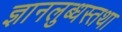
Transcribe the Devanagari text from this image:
ज्ञानलुब्धस्तथा